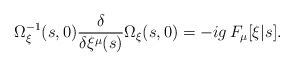
\begin{align*}\Omega_\xi^{-1}(s,0){\delta\over{\delta\xi^\mu(s)}}\Omega_\xi(s,0)=-ig\,F_\mu[\xi|s].\end{align*}